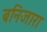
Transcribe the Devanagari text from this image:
बनिजारा